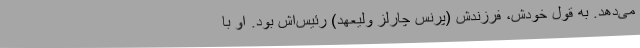
می‌دهد. به قول خودش، فرزندش (پرنس چارلزِ ولیعهد) رئیس‌اش بود. او با